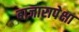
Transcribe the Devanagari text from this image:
बाजारापेक्षा